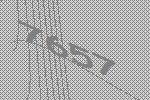
7657